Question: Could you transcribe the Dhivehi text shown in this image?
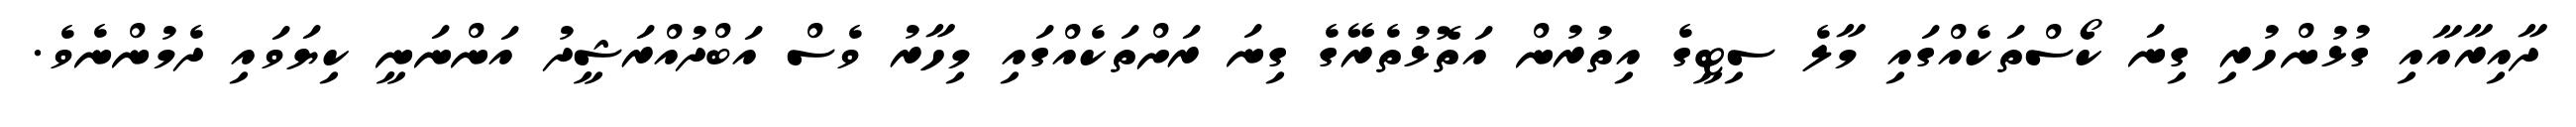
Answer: ދާއިރާއާއި ގުޅުންހުރި ގިނަ ކޯސްތަކެއްގައި މާލެ ސިޓީގެ އިތުރުން އަތޮޅުތެރޭގެ ގިނަ ރަށްތަކެއްގައި މިހާރު ވެސް އަބްދުއްރަޝީދު އަންނަނީ ކިޔަވައި ދެމުންނެވެ.